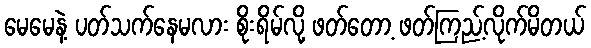
မေမေနဲ့ ပတ်သက်နေမလား စိုးရိမ်လို့ ဖတ်တော့ ဖတ်ကြည့်လိုက်မိတယ်